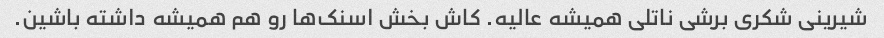
شیرینی شکری برشی ناتلی همیشه عالیه. کاش بخش اسنک‌ها رو هم همیشه داشته باشین.